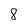
Character: 8